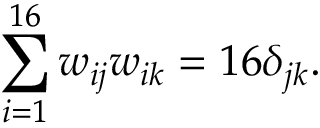
\sum _ { i = 1 } ^ { 1 6 } w _ { i j } w _ { i k } = 1 6 \delta _ { j k } .